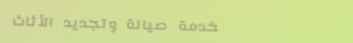
خدمة صيانة وتجديد الأثاث